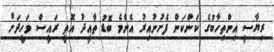
ރިޔާސީ އިންތިހާބުގެ ކަންކަން ފެށުނުއިރު އެންމެ ބޮޑު ތާއީދު އޮތީ ރައީސް ވަހީދަށް